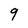
Character: 9